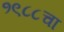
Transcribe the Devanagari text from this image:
१९८८चा